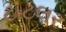
ટાટલર